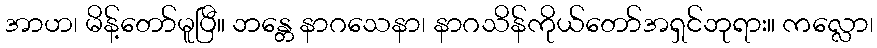
အာဟ၊ မိန့်တော်မူပြီ။ ဘန္တေ နာဂသေနာ၊ နာဂသိန်ကိုယ်တော်အရှင်ဘုရား။ ကလ္လော၊